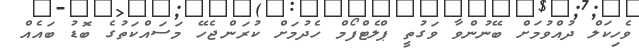
ވެހިކަލް ދުއްވުމަށް ބޭނުންވާ ވަގުތީ ޕްލެޓްފޯމް ހެދުމަށް ކުރަންޖެހޭ މަސައްކަތުގެ ބޮޑު ބައެއް